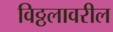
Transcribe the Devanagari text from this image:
विठ्ठलावरील